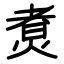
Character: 煑